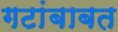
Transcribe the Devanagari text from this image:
गटांबाबत